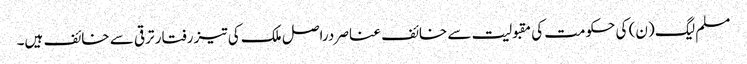
مسلم لیگ (ن) کی حکومت کی مقبولیت سے خائف عناصر دراصل ملک کی تیز رفتار ترقی سے خائف ہیں۔